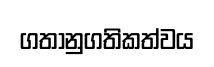
ගතානුගතිකත්වය